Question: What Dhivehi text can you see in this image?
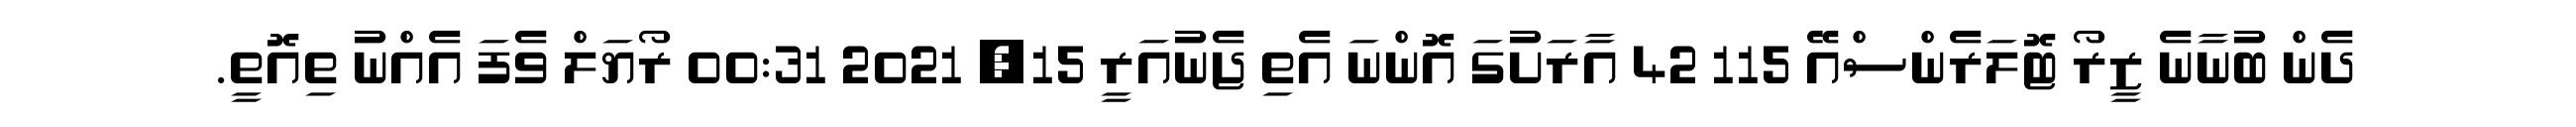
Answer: ދެން ބުނާނެ ޒީރޯ ޓޮލަރެންސްއޭ 115 42 އާރަށުގަ އޮންނަ އެތި ޖެނުއަރީ 15, 2021 00:31 ރޯޔަލް ވެފަ އެއްނު ތިއޮތީ.